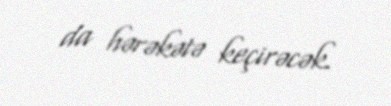
da hərəkətə keçirəcək.